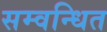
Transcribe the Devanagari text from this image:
सम्वन्धित